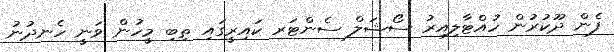
ފެން ދޫކުރުން ހުއްޓާލިއިރު ސޯޝަލް ސެންޓަރ ކައިރީގައި ތިބި މީހުން ވަނީ ހެނދުނު